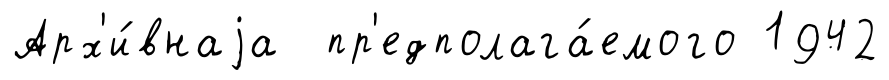
Арх'и́внаjа пр'едполага́емого 1942